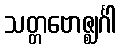
သတ္တဗောဇ္ဈင်္ဂါ